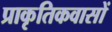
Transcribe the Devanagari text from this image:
प्राकृतिकवासों